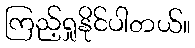
ကြည့်ရှုနိုင်ပါတယ်။